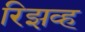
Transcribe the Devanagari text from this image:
रिझव्ह